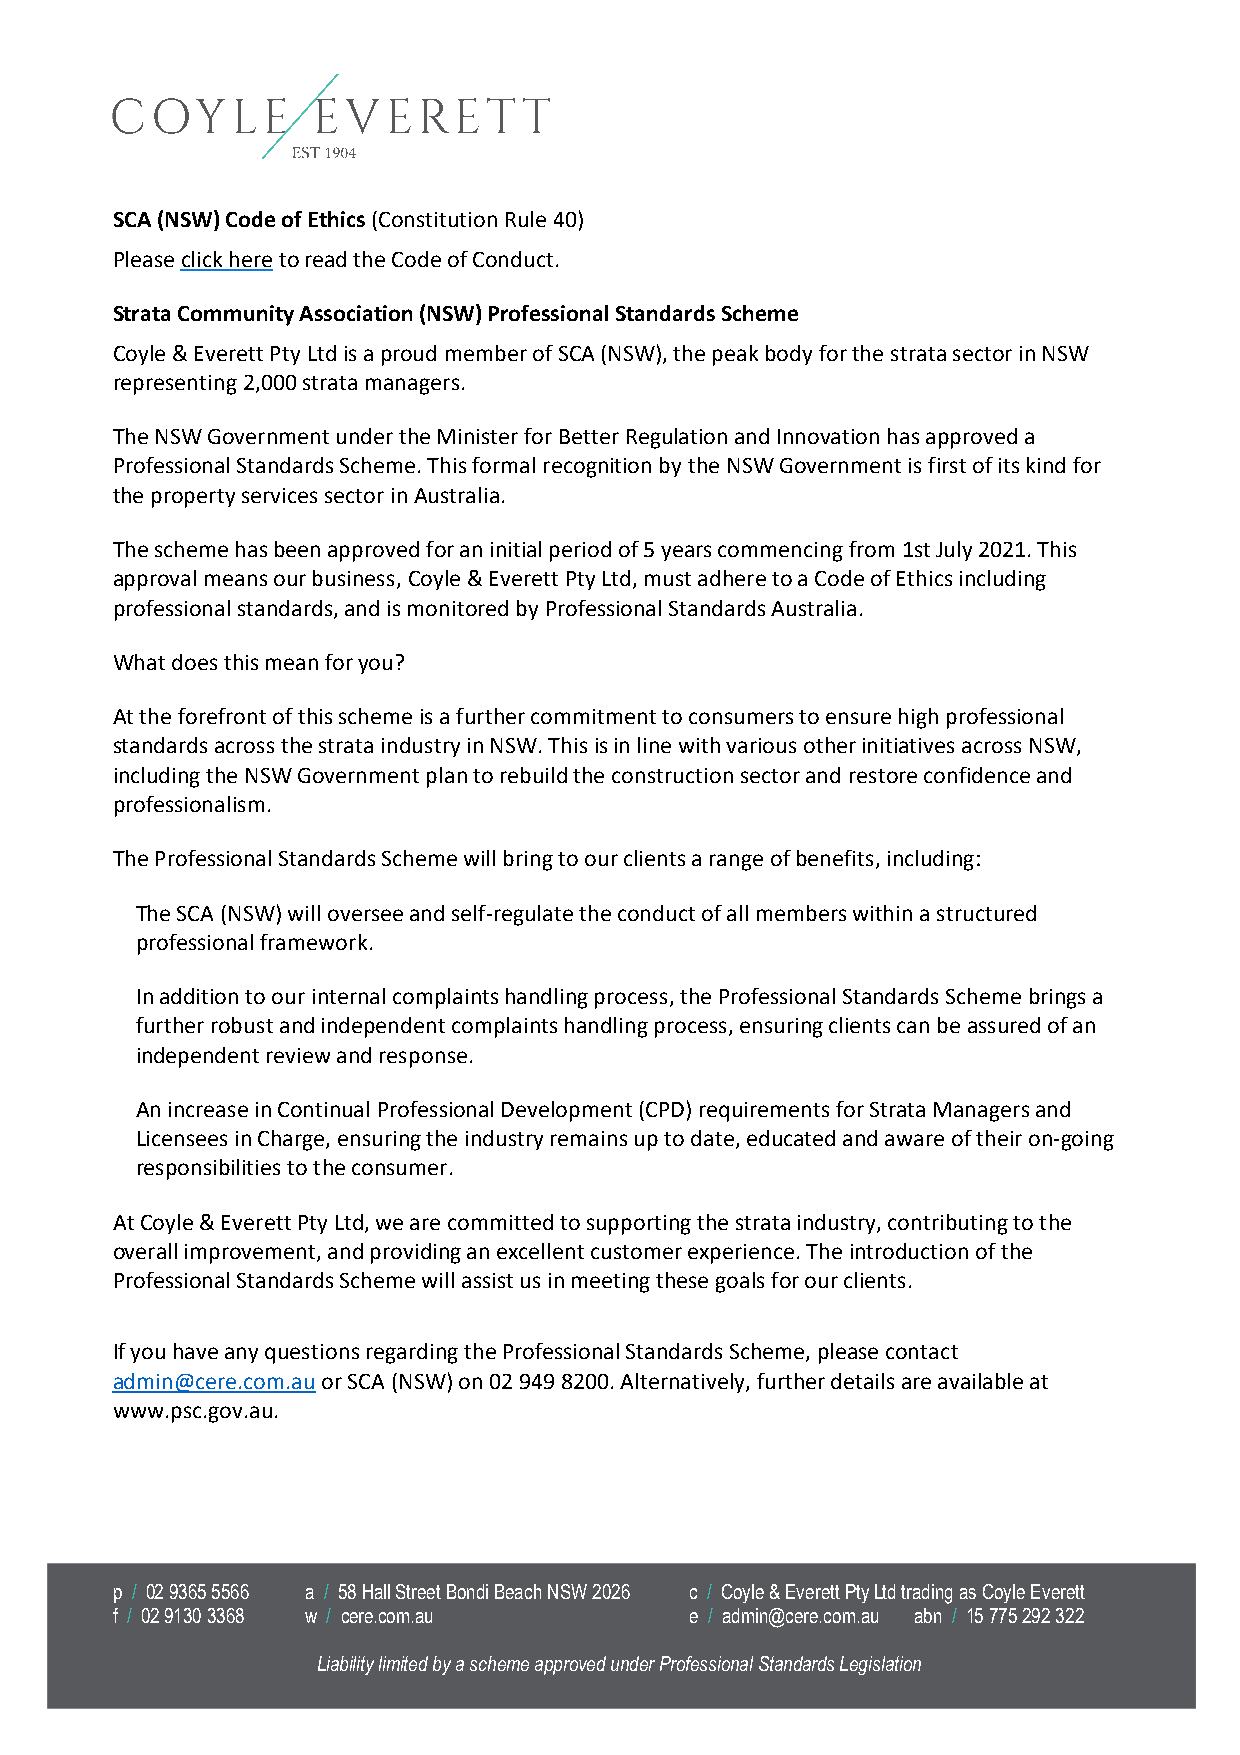
SCA (NSW) Code of Ethics (Constitution Rule 40)
 Please click here to read the Code of Conduct.
 Strata Community Association (NSW) Professional Standards Scheme
 Coyle & Everett Pty Ltd is a proud member of SCA (NSW), the peak body for the strata sector in NSW
 representing 2,000 strata managers.
 The NSW Government under the Minister for Better Regulation and Innovation has approved a
 Professional Standards Scheme. This formal recognition by the NSW Government is first of its kind for
 the property services sector in Australia.
 The scheme has been approved for an initial period of 5 years commencing from 1st July 2021. This
 approval means our business, Coyle & Everett Pty Ltd, must adhere to a Code of Ethics including
 professional standards, and is monitored by Professional Standards Australia.
 What does this mean for you?
 At the forefront of this scheme is a further commitment to consumers to ensure high professional
 standards across the strata industry in NSW. This is in line with various other initiatives across NSW,
 including the NSW Government plan to rebuild the construction sector and restore confidence and
 professionalism.
 The Professional Standards Scheme will bring to our clients a range of benefits, including:
 The SCA (NSW) will oversee and self-regulate the conduct of all members within a structured
 professional framework.
 In addition to our internal complaints handling process, the Professional Standards Scheme brings a
 further robust and independent complaints handling process, ensuring clients can be assured of an
 independent review and response.
 An increase in Continual Professional Development (CPD) requirements for Strata Managers and
 Licensees in Charge, ensuring the industry remains up to date, educated and aware of their on-going
 responsibilities to the consumer.
 At Coyle & Everett Pty Ltd, we are committed to supporting the strata industry, contributing to the
 overall improvement, and providing an excellent customer experience. The introduction of the
 Professional Standards Scheme will assist us in meeting these goals for our clients.
 If you have any questions regarding the Professional Standards Scheme, please contact
 admin@cere.com.au or SCA (NSW) on 02 949 8200. Alternatively, further details are available at
 www.psc.gov.au.
 p / 02 9365 5566 a / 58 Hall Street Bondi Beach NSW 2026 c / Coyle & Everett Pty Ltd trading as Coyle Everett
 f / 02 9130 3368 w / cere.com.au       e / admin@cere.com.au abn / 15 775 292 322
 Liability limited by a scheme approved under Professional Standards Legislation